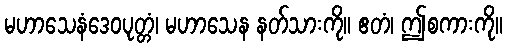
မဟာသေနံဒေဝပုတ္တံ၊ မဟာသေန နတ်သားကို။ ဧတံ၊ ဤစကားကို။